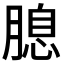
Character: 𦞜